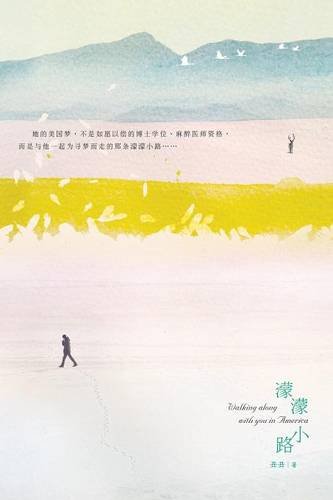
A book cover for Walking Along with You in America (Chinese Edition); Jay Chiu; Travel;